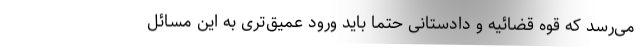
می‌رسد که قوه قضائیه و دادستانی حتما باید ورود عمیق‌تری به این مسائل